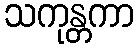
သကုန္တကာ